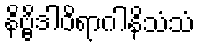
နိဗ္ဗိဒါဝိရာဂါနိသံသံ